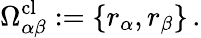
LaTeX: \Omega_{\alpha\beta}^{\mathrm{cl}}:=\left\{ r_{\alpha},r_{\beta}\right\} \, .